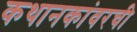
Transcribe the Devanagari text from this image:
कथानकांवरची